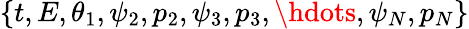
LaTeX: \{ t,E,\theta_{1},\psi_{2},p_{2},\psi_{3},p_{3},\hdots,\psi_{N},p_{N}\}